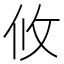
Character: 攸